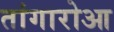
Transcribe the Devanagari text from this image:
तांगारोआ